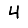
Digit: 4